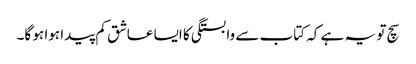
سچ تو یہ ہے کہ کتاب سے وابستگی کا ایسا عاشق کم پیدا ہوا ہو گا۔